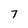
Character: 7